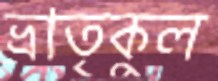
ভ্রাতৃকুল